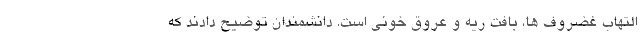
التهاب غضروف ها، بافت ریه و عروق خونی است. دانشمندان توضیح دادند که